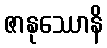
ဇာနုဿောနိ